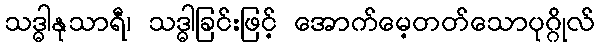
သဒ္ဓါနုသာရီ၊ သဒ္ဓါခြင်းဖြင့် အောက်မေ့တတ်သောပုဂ္ဂိုလ်